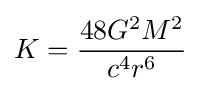
K={\frac {48G^{2}M^{2}}{c^{4}r^{6}}}